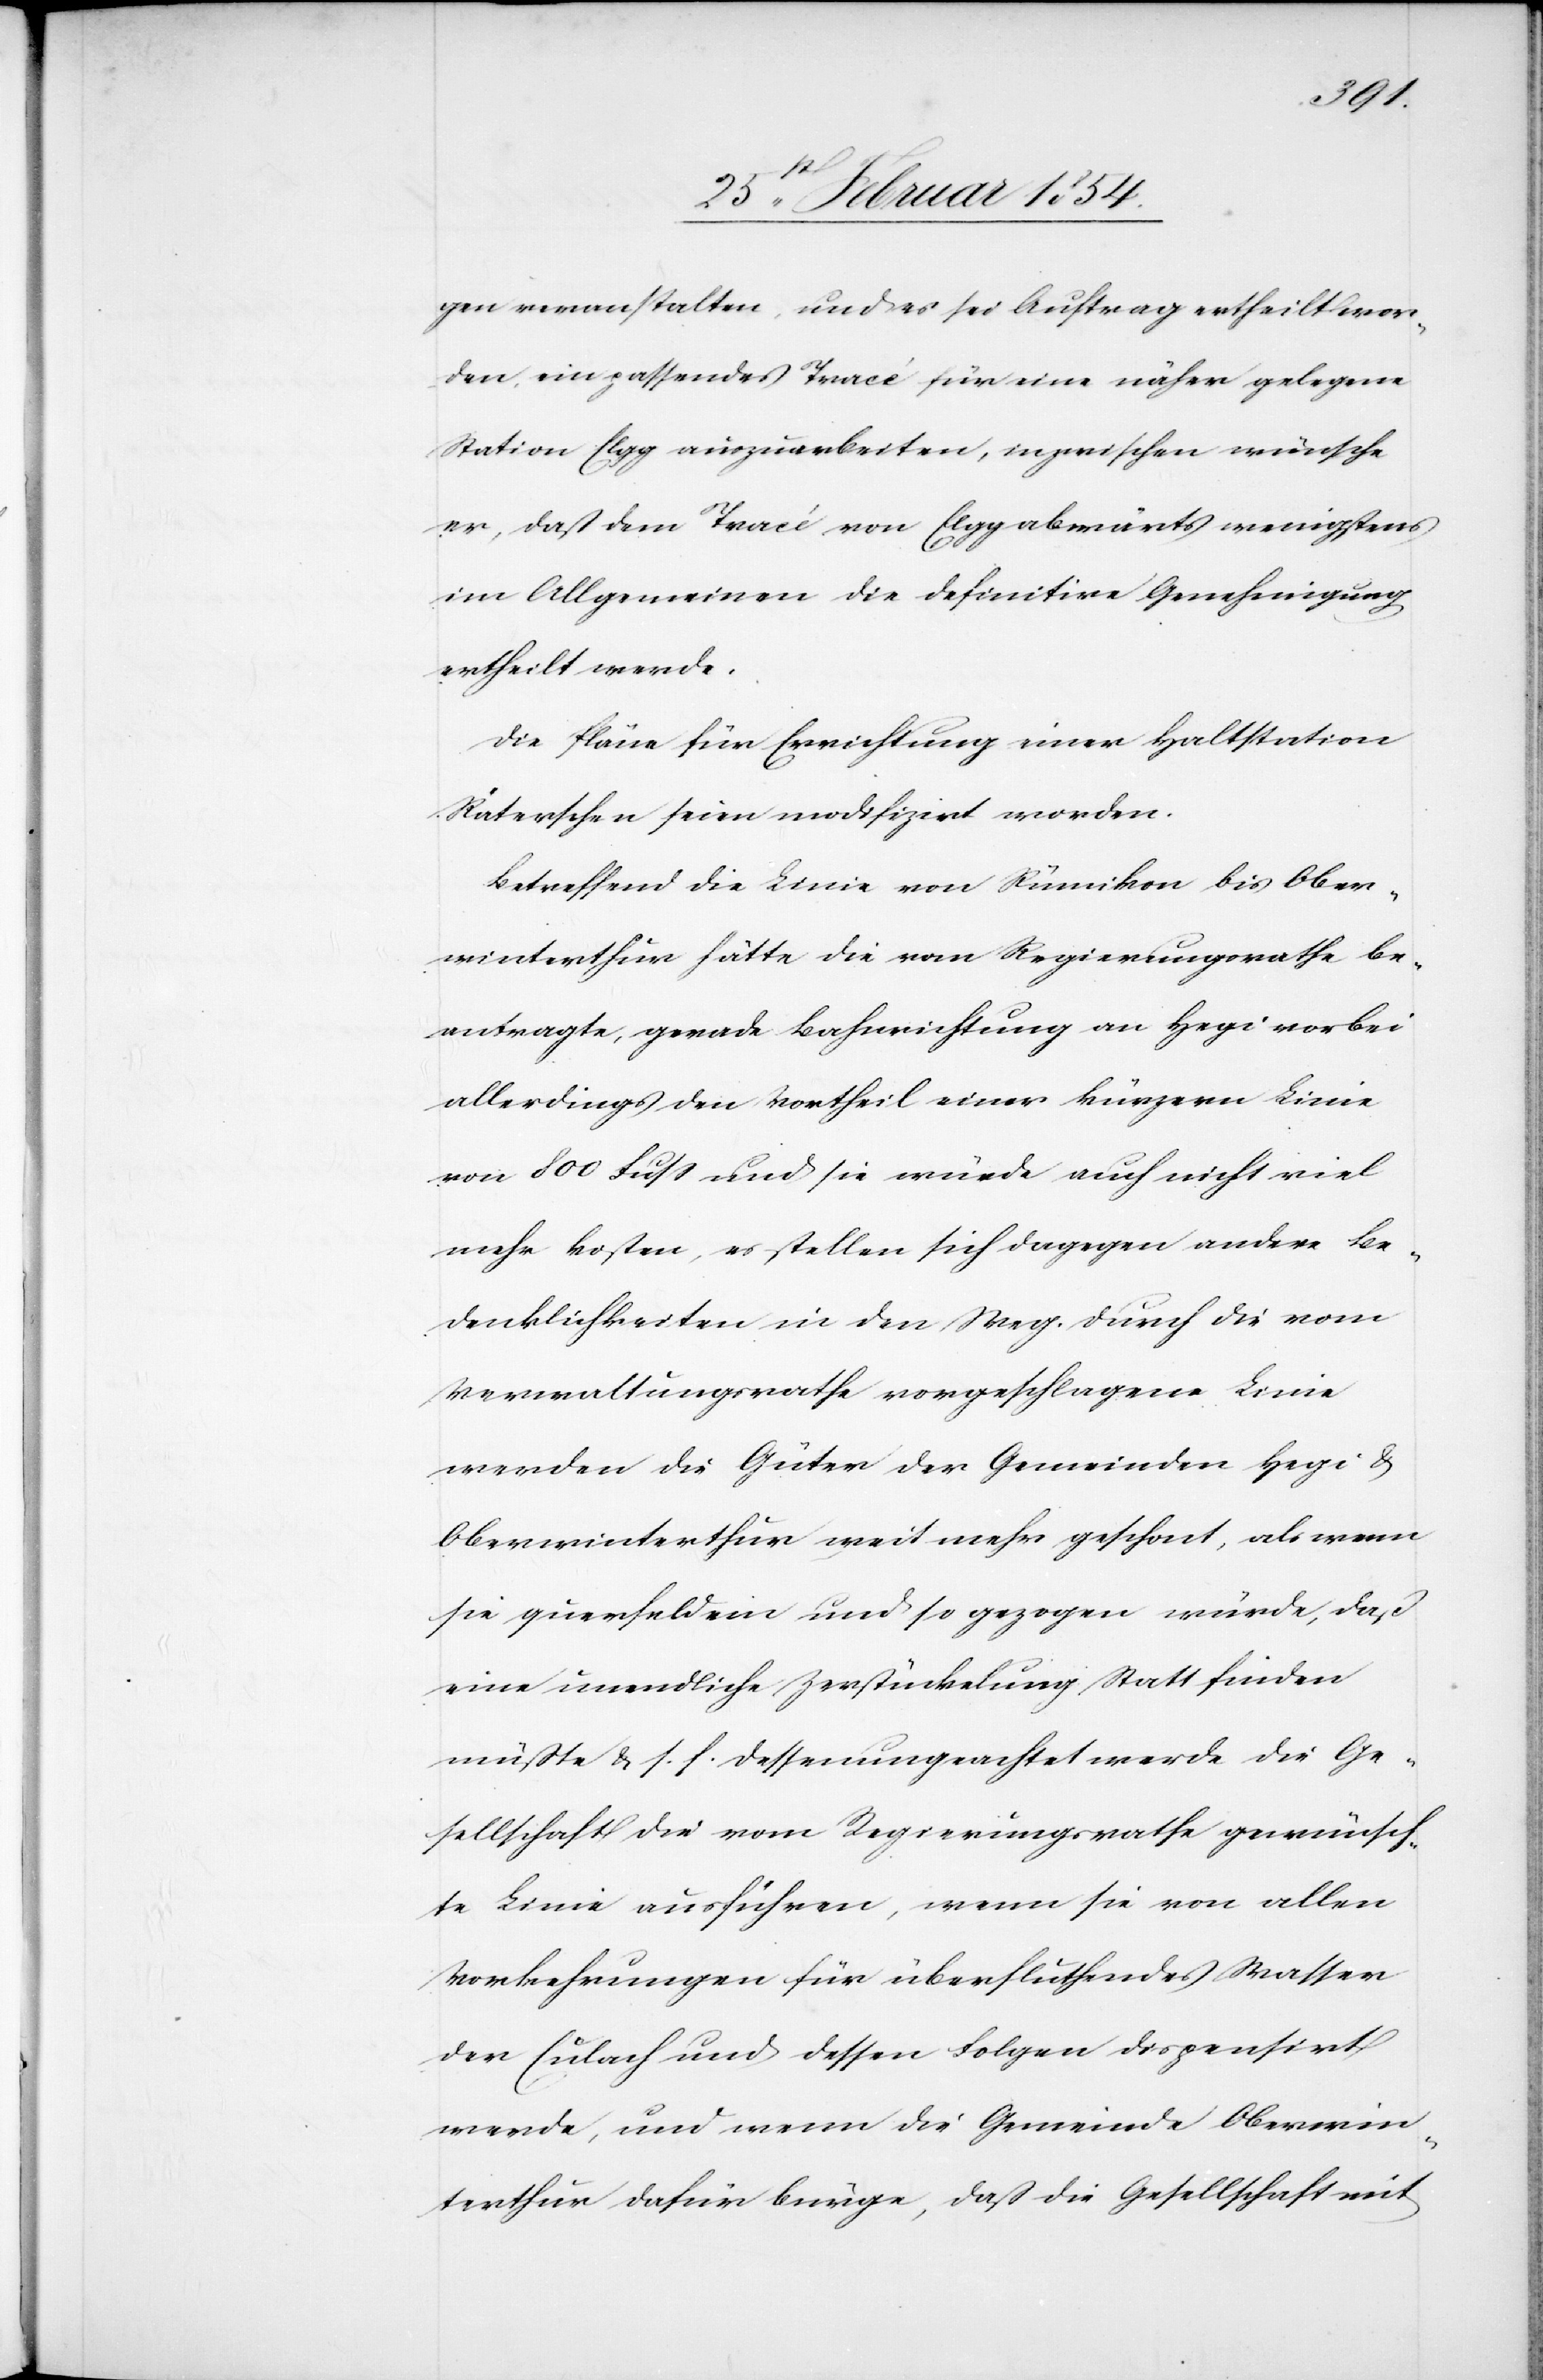
gen veranstalten, und es sei Auftrag erheilt wor¬
den, ein passendes Tracé für eine näher gelegene
Station Elgg auszuarbeiten, inzwischen wünsche
er, daß dem Tracé von Elgg abwärts wenigstens
im Allgemeinen die definitive Genehmigung
ertheilt werde.
Die Pläne für Errichtung einer Haltstation
Räterschen seien modifizrt worden.
Betreffend die Linie von Rümikon bis Ober¬
winterthur hätte die vom Regierungsrathe be¬
auftrage, gerade Bahnrichtung an Hegi vorbei
allerding den Vortheil einer kürzern Linie
von 800 Fuß und sie würde auch nicht viel
mehr kosten, es stellen sich dagegen andere Be¬
denklichkeiten in den Weg. Durch die vom
Verwaltungsrathe vorgeschlagene Linie
werden die Güter der Gemeinden Hegi &
Oberwinterthur weit mehr geschont, als wenn
sie querfeldein und so gezogen würde, daß
eine unendliche Zerstückelung Statt finden
müßte & s. f. dessenungeachtet werde die Ge¬
sellschaft die vom Regierungsrathe gewünsch¬
te Linie ausführen, wenn sie von allen
Vorkehrungen für überfluthendes Wasser
der Eulach und dessen Folgen dispensirt
werde, und wenn die Gemeinde Oberwin¬
terthur dafür bürge, daß die Gesellschaft mit